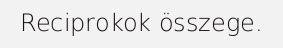
Reciprokok összege.